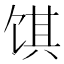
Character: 𬲽